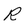
Character: R